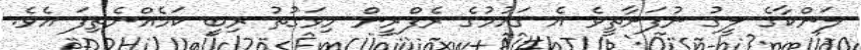
ލަންކާގެ ލީގު ނުފަށާތީވެ އެ ގައުމުގެ ރެފްރީން މިވަގުތު ރިބީ ކަމެއްނެތިފަ އެވެ.